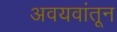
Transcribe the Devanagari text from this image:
अवयवांतून